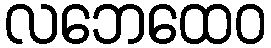
လဘေထေဝ